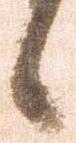
候